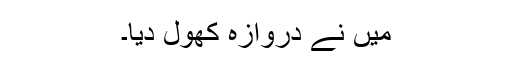
میں نے دروازہ کھول دیا۔